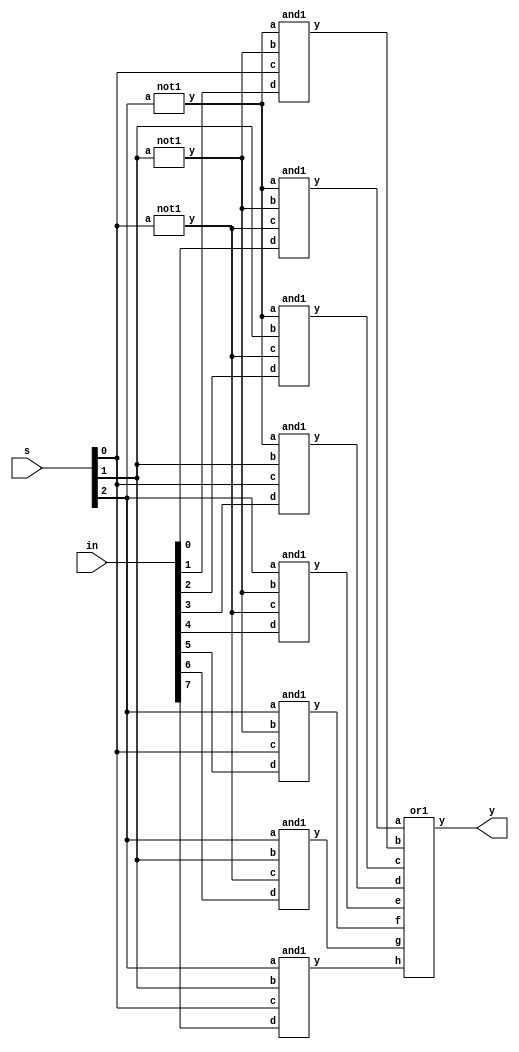
`timescale 1ns / 1ps
//////////////////////////////////////////////////////////////////////////////////
// Company: 
// Engineer: 
// 
// Design Name: 
// Module Name:    mux_st 
// Project Name: 
// Target Devices: 
// Tool versions: 
// Description: 
//
// Dependencies: 
//
// Revision: 
// Revision 0.01 - File Created
// Additional Comments: 
//
//////////////////////////////////////////////////////////////////////////////////
module mux_st(
    input [7:0] in,
    input [2:0] s,
    output y
    );
wire p,q,r,a,b,c,d,e,f,g,h;

not1 n1(s[2],p),n2(s[1],q),n3(s[0],r);
and1 a1(p,q,r,in[0],a),a2(p,q,s[0],in[1],b),a3(p,s[1],r,in[2],c),a4(p,s[1],s[0],in[3],d),
    a5(s[2],q,r,in[4],e),a6(s[2],q,s[0],in[5],f),a7(s[2],s[1],r,in[6],g),a8(s[2],s[1],s[0],in[7],h);
or1 o1(a,b,c,d,e,f,g,h,y);
endmodule

module not1(input a,output y);
assign y=~a;
endmodule

module and1(input a,b,c,d,output y);
assign y=a&b&c&d;
endmodule

module or1(input a,b,c,d,e,f,g,h,output y);
assign y=a|b|c|d|e|f|g|h;
endmodule